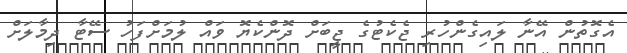
އެގޮތުން އޭނާ ލައިގެންހުރި ޖެކެޓުގެ ޖީބަށް ދޮންކެޔޮ ވައް ލުމަށްފަހު ސޭޓާ ދިމާލަށް